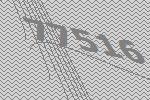
77516